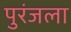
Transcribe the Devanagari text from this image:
पुरंजला